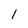
Character: 1